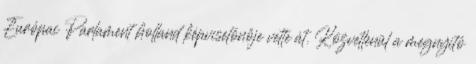
Európai Parlament holland képviselőnője vette át. Közvetlenül a megnyitó